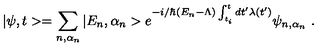
| \psi , t > = \sum _ { n , \alpha _ { n } } | E _ { n } , \alpha _ { n } > e ^ { - i / \hbar ( E _ { n } - \Lambda ) \int _ { t _ { i } } ^ { t } d t ^ { \prime } \lambda ( t ^ { \prime } ) } \psi _ { n , \alpha _ { n } } \ .